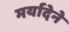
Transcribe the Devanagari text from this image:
मर्यादेने